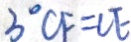
3 ^ { \circ } C F = C E